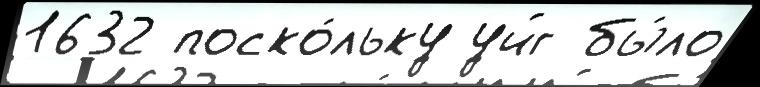
1632 поско́льку уйг бы́ло